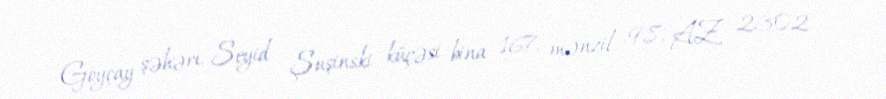
Göyçay şəhəri, Seyid Şuşinski küçəsi, bina 167, mənzil 98, AZ 2302